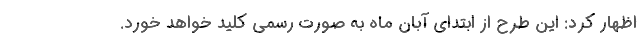
اظهار کرد: این طرح از ابتدای آبان ماه به صورت رسمی کلید خواهد خورد.